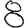
Digit: 8